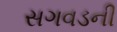
સગવડની